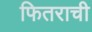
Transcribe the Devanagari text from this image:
फितराची